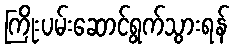
ကြိုးပမ်းဆောင်ရွက်သွားရန်